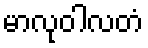
မာလုဝါလတံ